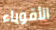
الأقوياء